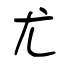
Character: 尤